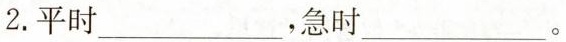
2.平时___，急时___。